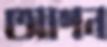
আগন